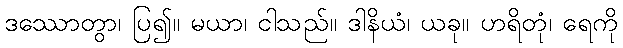
ဒဿောတွာ၊ ပြ၍။ မယာ၊ ငါသည်။ ဒါနိယံ၊ ယခု။ ဟရိတုံ၊ ရေကို